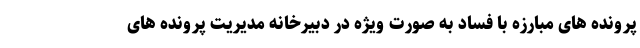
پرونده های مبارزه با فساد به صورت ویژه در دبیرخانه مدیریت پرونده های